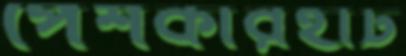
পেশকারহাট